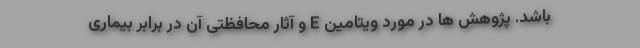
باشد. پژوهش ها در مورد ویتامین E و آثار محافظتی آن در برابر بیماری